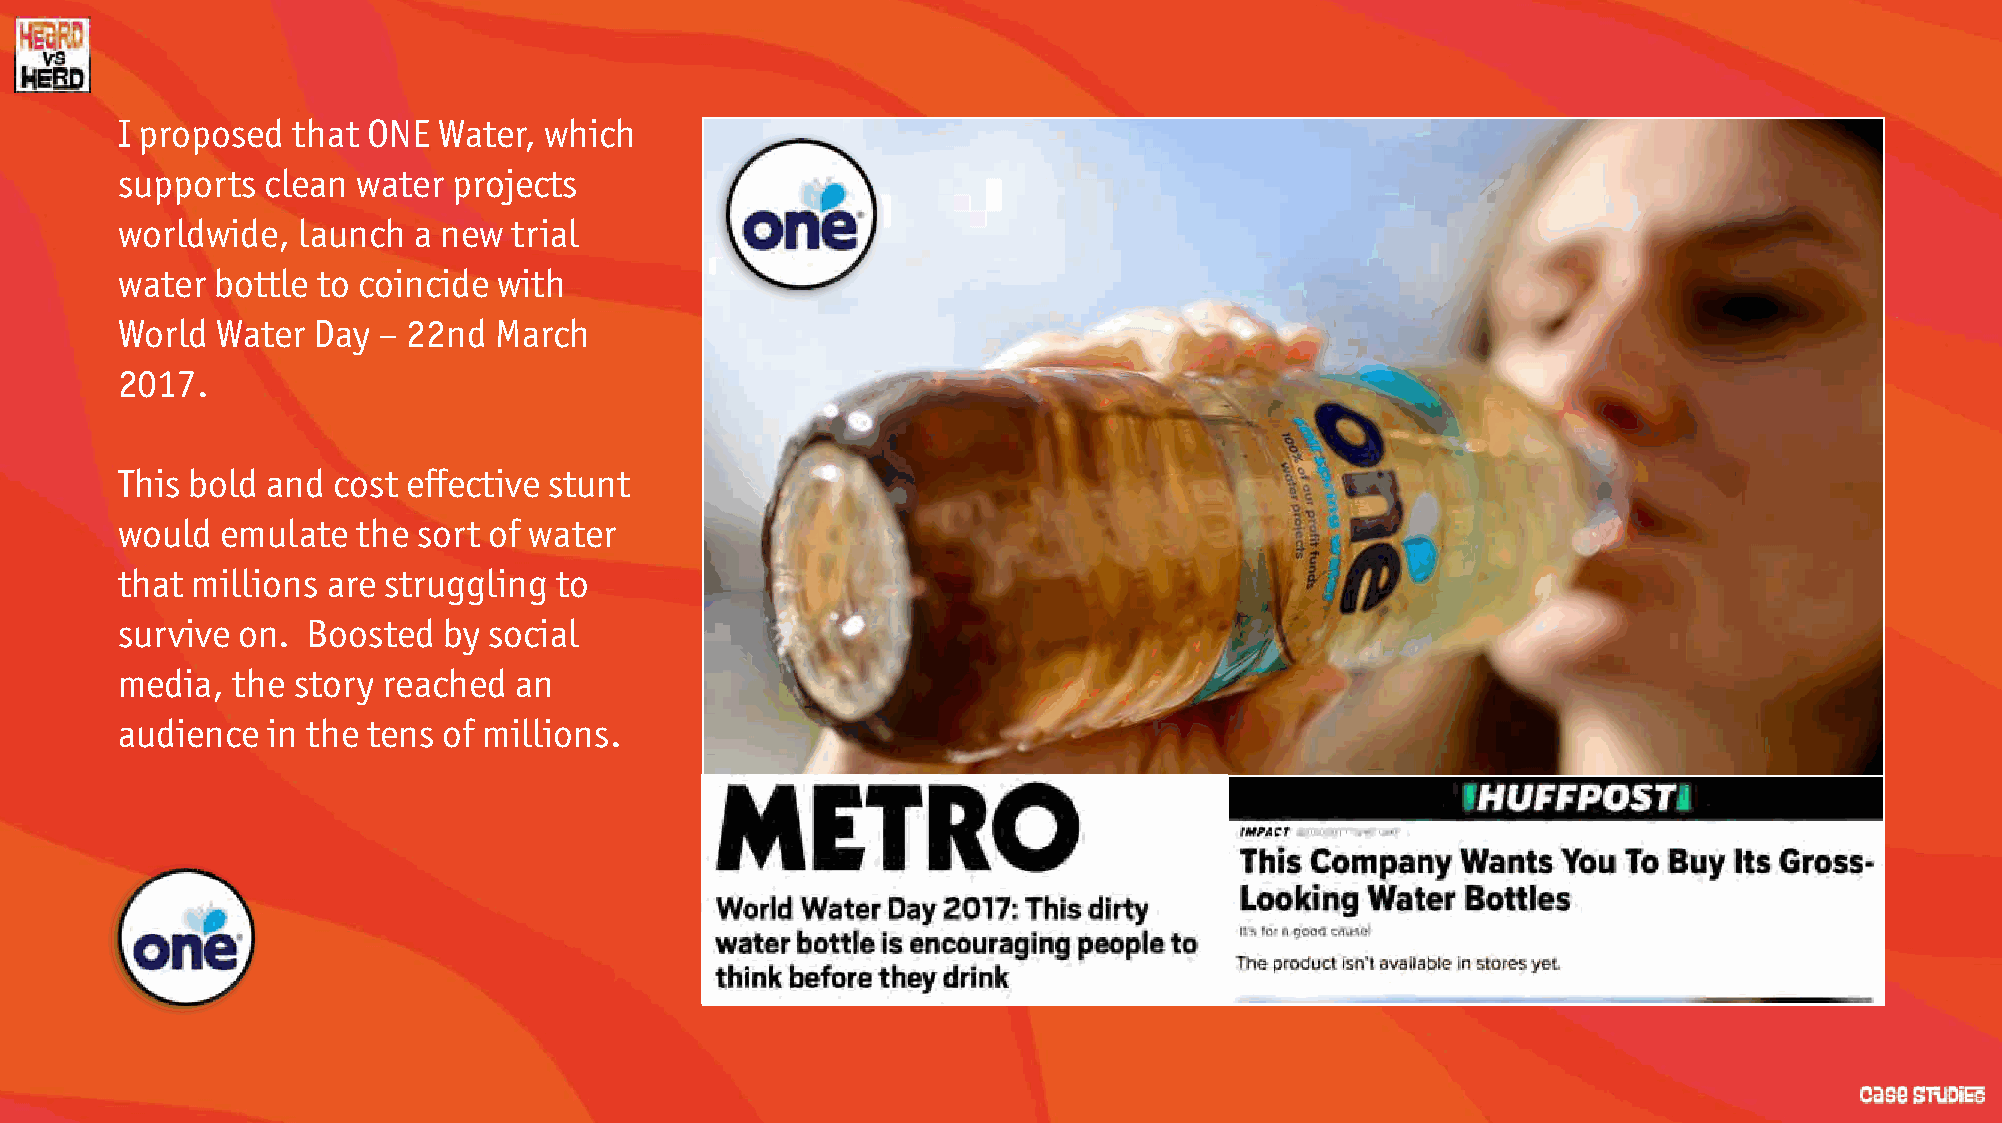
I proposed that ONE  Water, which
 supports  clean water projects
 worldwide,  launch a new  trial
 water bottle to coincide with
 World Water  Day – 22nd  March
 2017.
 This bold and cost effective stunt
 would  emulate  the sort of water
 that millions are struggling to
 survive on. Boosted  by social
 media, the story reached  an
 audience  in the tens of millions.